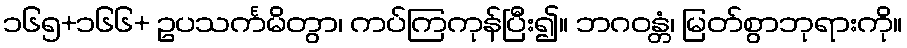
၁၆၅+၁၆၆+ ဥပသင်္ကမိတွာ၊ ကပ်ကြကုန်ပြီး၍။ ဘဂဝန္တံ၊ မြတ်စွာဘုရားကို။